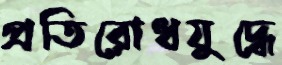
প্রতিরোধযুদ্ধে